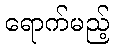
ရောက်မည့်